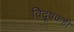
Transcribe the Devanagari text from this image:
विदूषकही